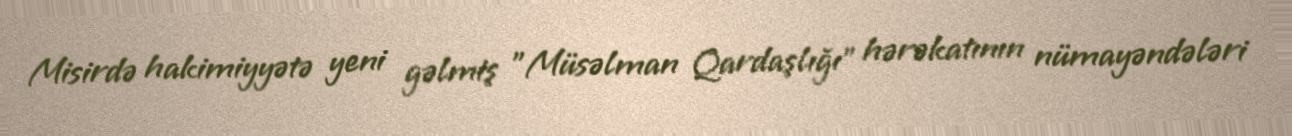
Misirdə hakimiyyətə yeni gəlmiş "Müsəlman Qardaşlığı" hərəkatının nümayəndələri